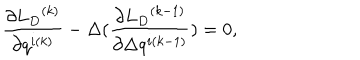
\frac { \partial { { L } _ { D } } ^ { ( k ) } } { \partial q ^ { i ( k ) } } - \Delta ( \frac { \partial { { L } _ { D } } ^ { ( k - 1 ) } } { \partial \Delta q ^ { i ( k - 1 ) } } ) = 0 ,